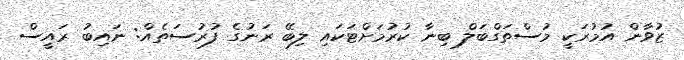
ޒުވާން އުމުރަކީ މުސްތަގްބަލް ބިނާ ކުރުމަށްޓަކައި ލިބޭ ރަނުގެ ފުރުސަތެއް: ނައިބު ރައީސް